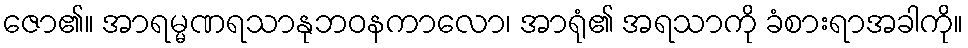
ဇော၏။ အာရမ္မဏရသာနုဘဝနကာလော၊ အာရုံ၏ အရသာကို ခံစားရာအခါကို။